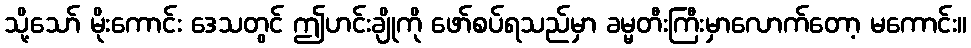
သို့သော် မိုးကောင်း ဒေသတွင် ဤဟင်းချိုကို ဖော်စပ်ရသည်မှာ ခမ္မတီးကြီးမှာလောက်တော့ မကောင်း။